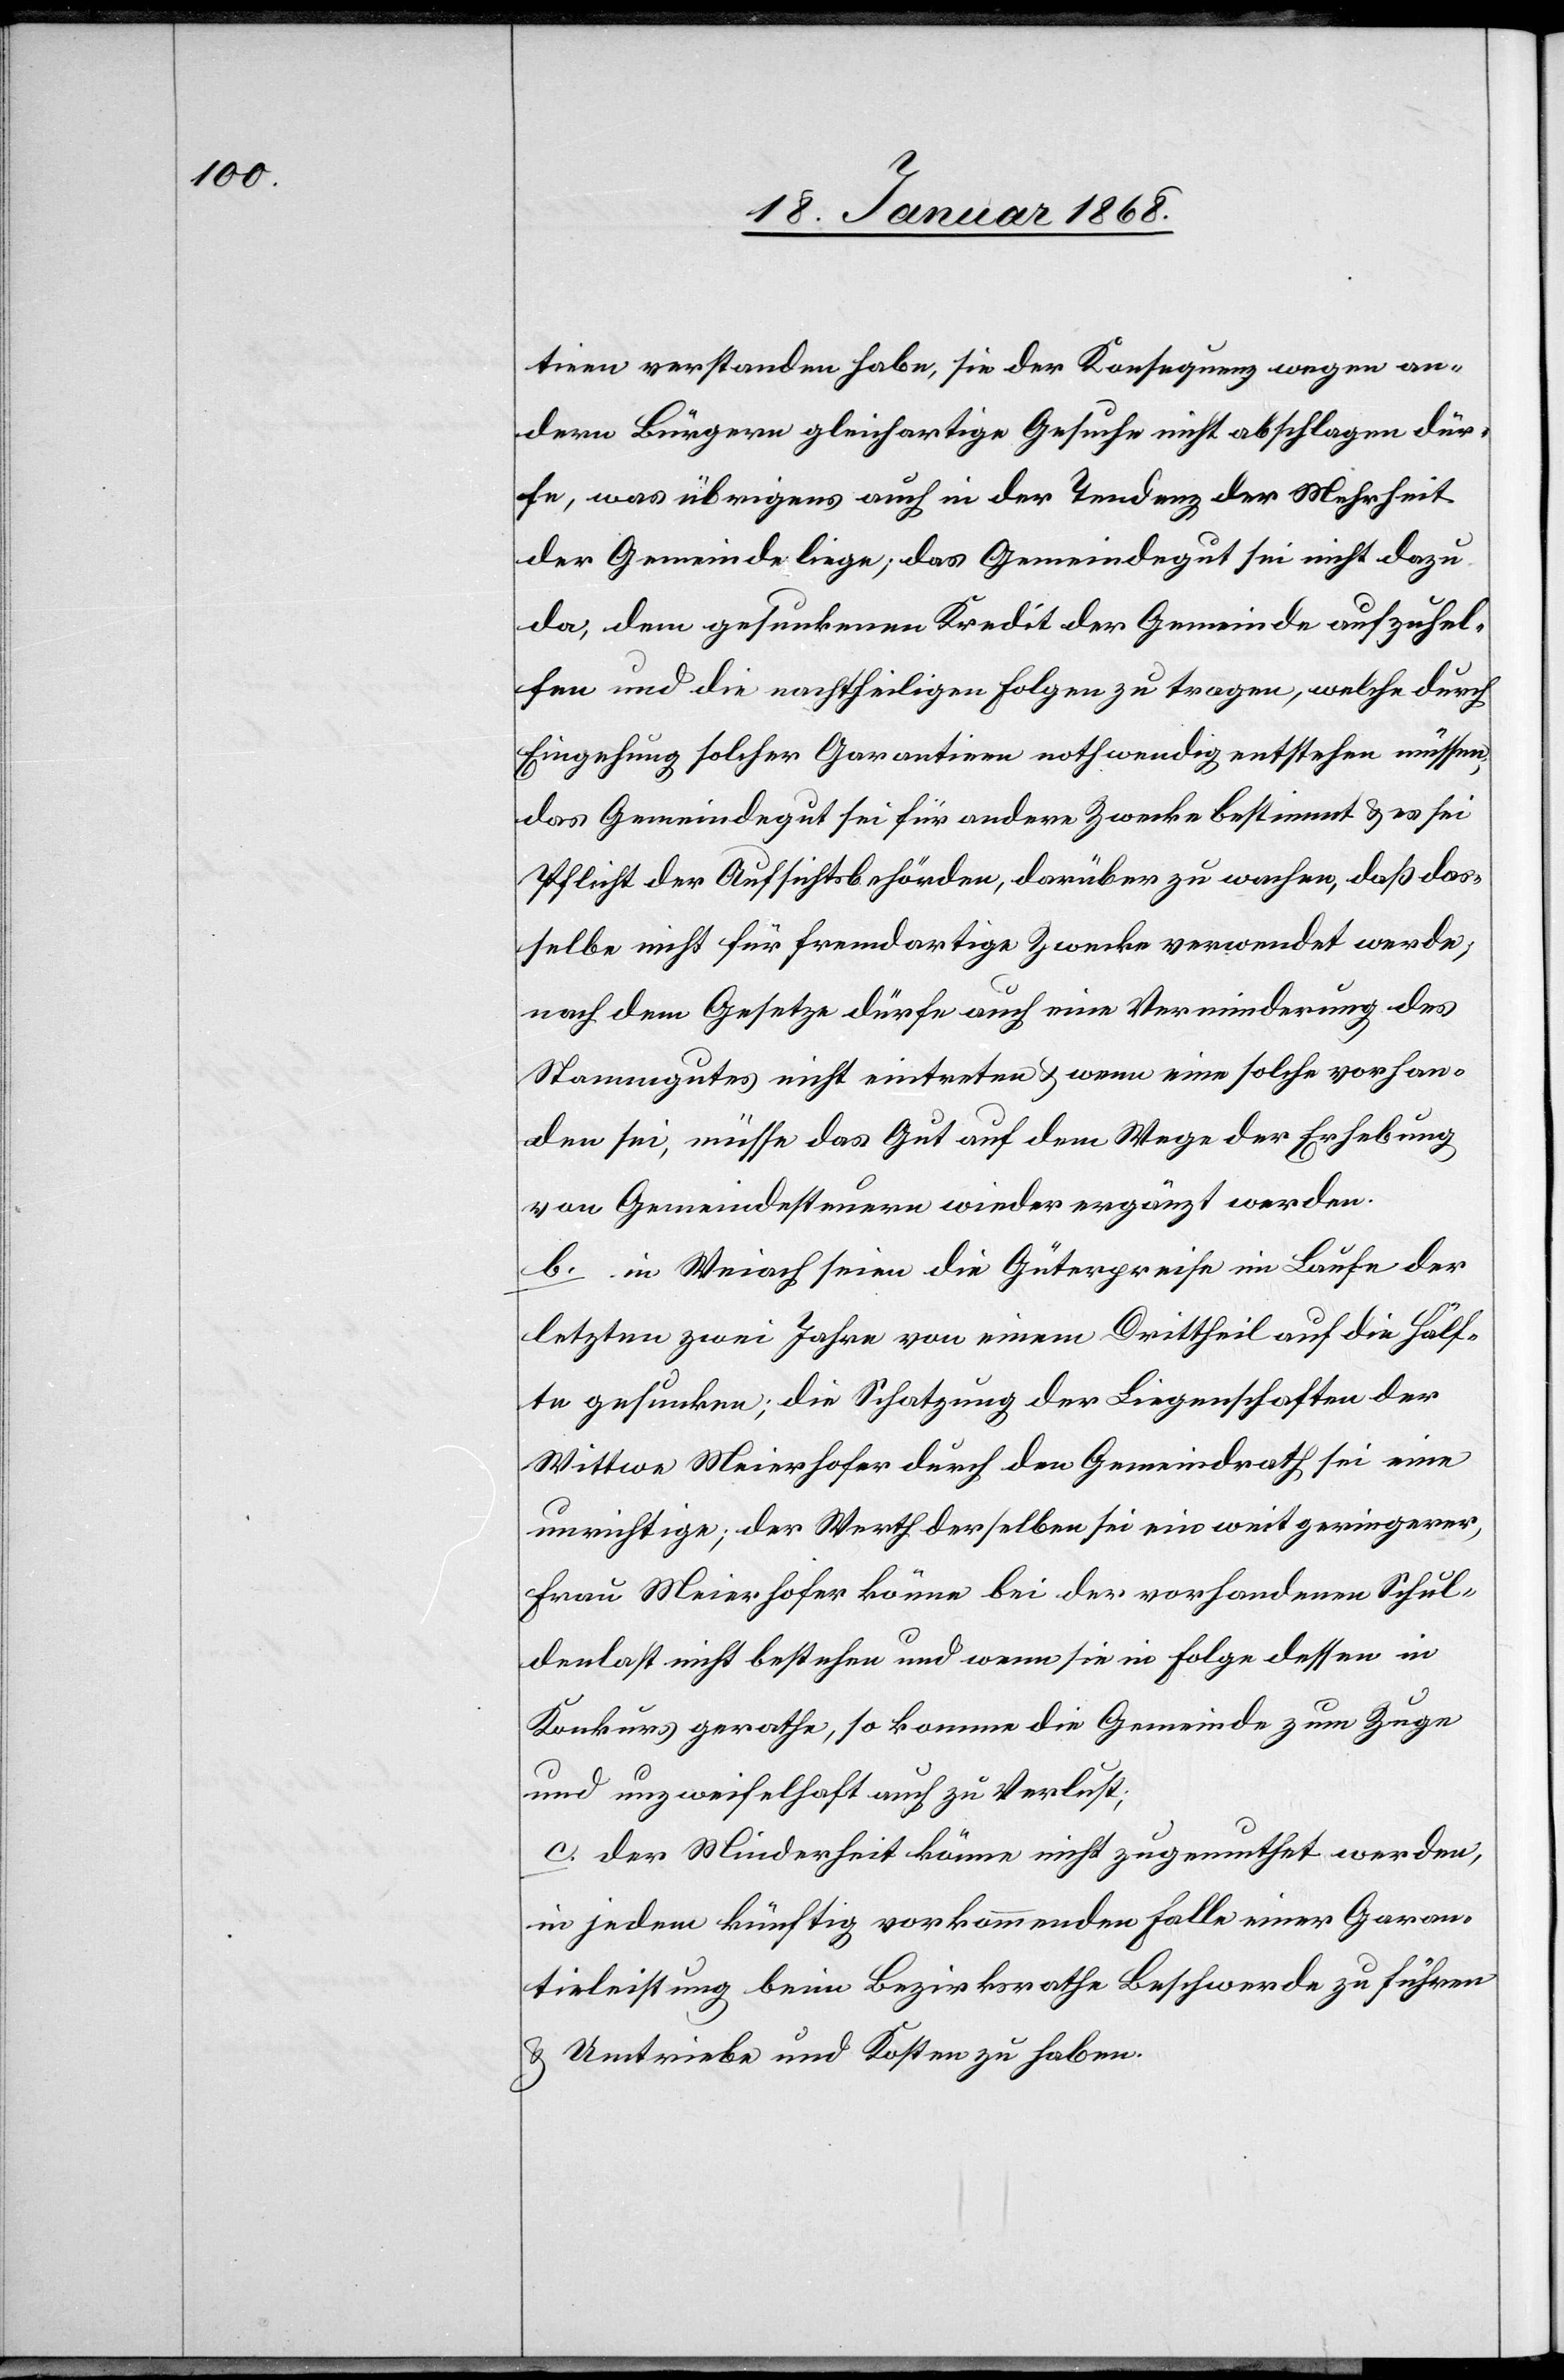
tieen verstanden habe, sie der Konsequenz wegen an¬
dern Bürgern gleichartige Gesuche nicht abschlagen dür¬
fe, was übrigens auch in der Tendenz der Mehrheit
der Gemeinde liege; das Gemeindegut sei nicht dazu
da, dem gesunkenen Kredit der Gemeinde aufzuhel¬
fen und die nachtheiligen Folgen zu tragen, welche durch
Eingehung solcher Garantieen nothwendig entstehen müssen;
das Gemeindegut sei für andere Zwecke bestimmt & es sei
Pflicht der Aufsichtsbehörden, darüber zu wachen, daß das¬
selbe nicht für fremdartige Zwecke verwendet werde;
nach dem Gesetze dürfe auch eine Verminderung des
Stammgutes nicht eintreten & wenn eine solche vorhan¬
den sei, müsse das Gut auf dem Wege der Erhebung
von Gemeindesteuern wieder ergänzt werden.
b. in Weiach seien die Güterpreise im Laufe der
letzten zwei Jahre von einem Drittheil auf die Hälf¬
te gesunken; die Schatzung der Liegenschaften der
Wittwe Meierhofer durch den Gemeindrath sei eine
unrichtige; der Werth derselben sei ein weit geringerer,
Frau Meierhofer könne bei der vorhandenen Schul¬
denlast nicht bestehen und wenn sie in Folge dessen in
Konkurs gerathe, so komme die Gemeinde zum Zuge
und unzweifelhaft auch zu Verlust;
c. der Minderheit könne nicht zugemuthet werden,
in jedem künftig vorkommenden Falle einer Garan¬
tieleistung beim Bezirksrathe Beschwerde zu führen
& Umtriebe und Kosten zu haben.